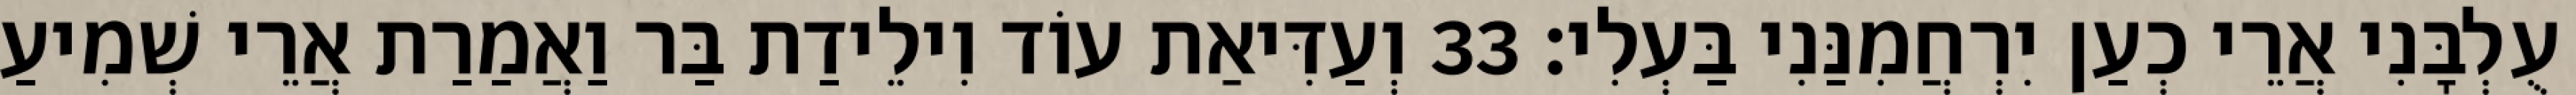
עֻלְבָּנִי אֲרֵי כְעַן יִרְחֲמִנַּנִי בַּעְלִי׃ 33 וְעַדִּיאַת עוֹד וִילֵידַת בַּר וַאֲמַרַת אֲרֵי שְׁמִיעַ